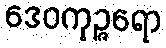
ဒေဝကုဉ္ဇရော